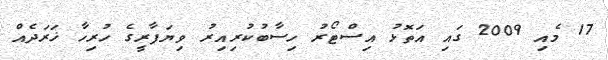
17 މެއި 2009 ގައި އަތޮޅު އިސްޓޯރު ހިސާބުކުރިއިރު ވިޔަފާރީގެ ހުރިހާ ޚަރަދެއް